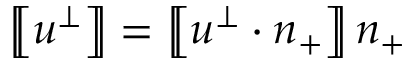
\left[ \! \! \left[ u ^ { \perp } \right] \! \! \right] = \left[ \! \! \left[ u ^ { \perp } \cdot n _ { + } \right] \! \! \right] n _ { + }